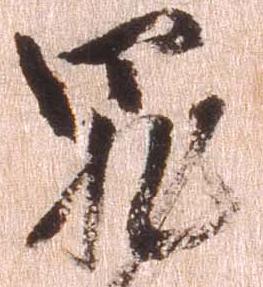
罪